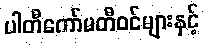
ပါတီကော်မတီဝင်များနှင့်